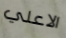
الاعلي